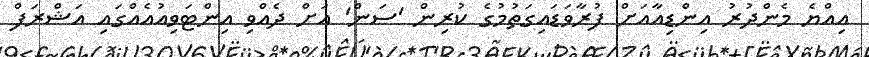
އިއްޔެ މެންދުރު އިންޑިއާއަށް ފުރާވަޑައިގަތުމުގެ ކުރިން 'ސަން' އަށް ދެއްވި އިންޓަވިއުއެއްގައި އަޝްރަފް